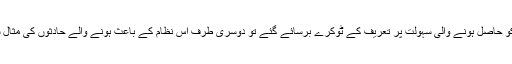
ایک طرف ٹیسلا کے آٹو پائلٹ سے ڈرائیور صاحبان کو حاصل ہونے والی سہولت پر تعریف کے ٹوکرے برسائے گئے تو دوسری طرف اس نظام کے باعث ہونے والے حادثوں کی مثال سامنے رکھتے ہوئے شدید تنقید کا بھی نشانہ بنایا گیا۔